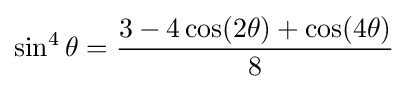
\sin ^{4}\theta ={\frac {3-4\cos(2\theta )+\cos(4\theta )}{8}}